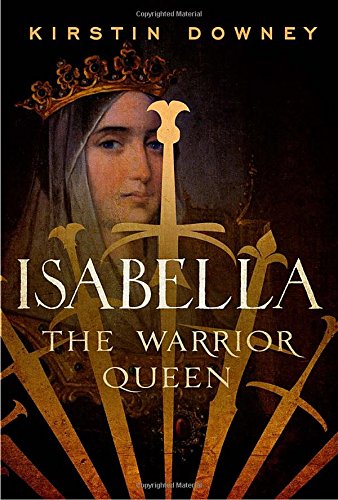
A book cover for Isabella: The Warrior Queen; Kirstin Downey; Biographies & Memoirs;